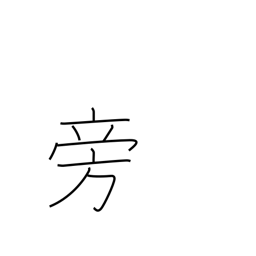
Meaning: at same time